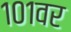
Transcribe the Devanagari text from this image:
१०१वर